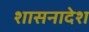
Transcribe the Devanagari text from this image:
शासनादेश